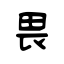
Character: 畏